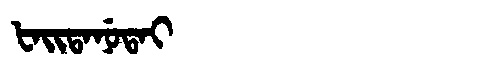
Manchu: ᡶᠠᡳᡨᠠᠨᡠᡨᠠᡳ
Romanization: FAITANUTAI